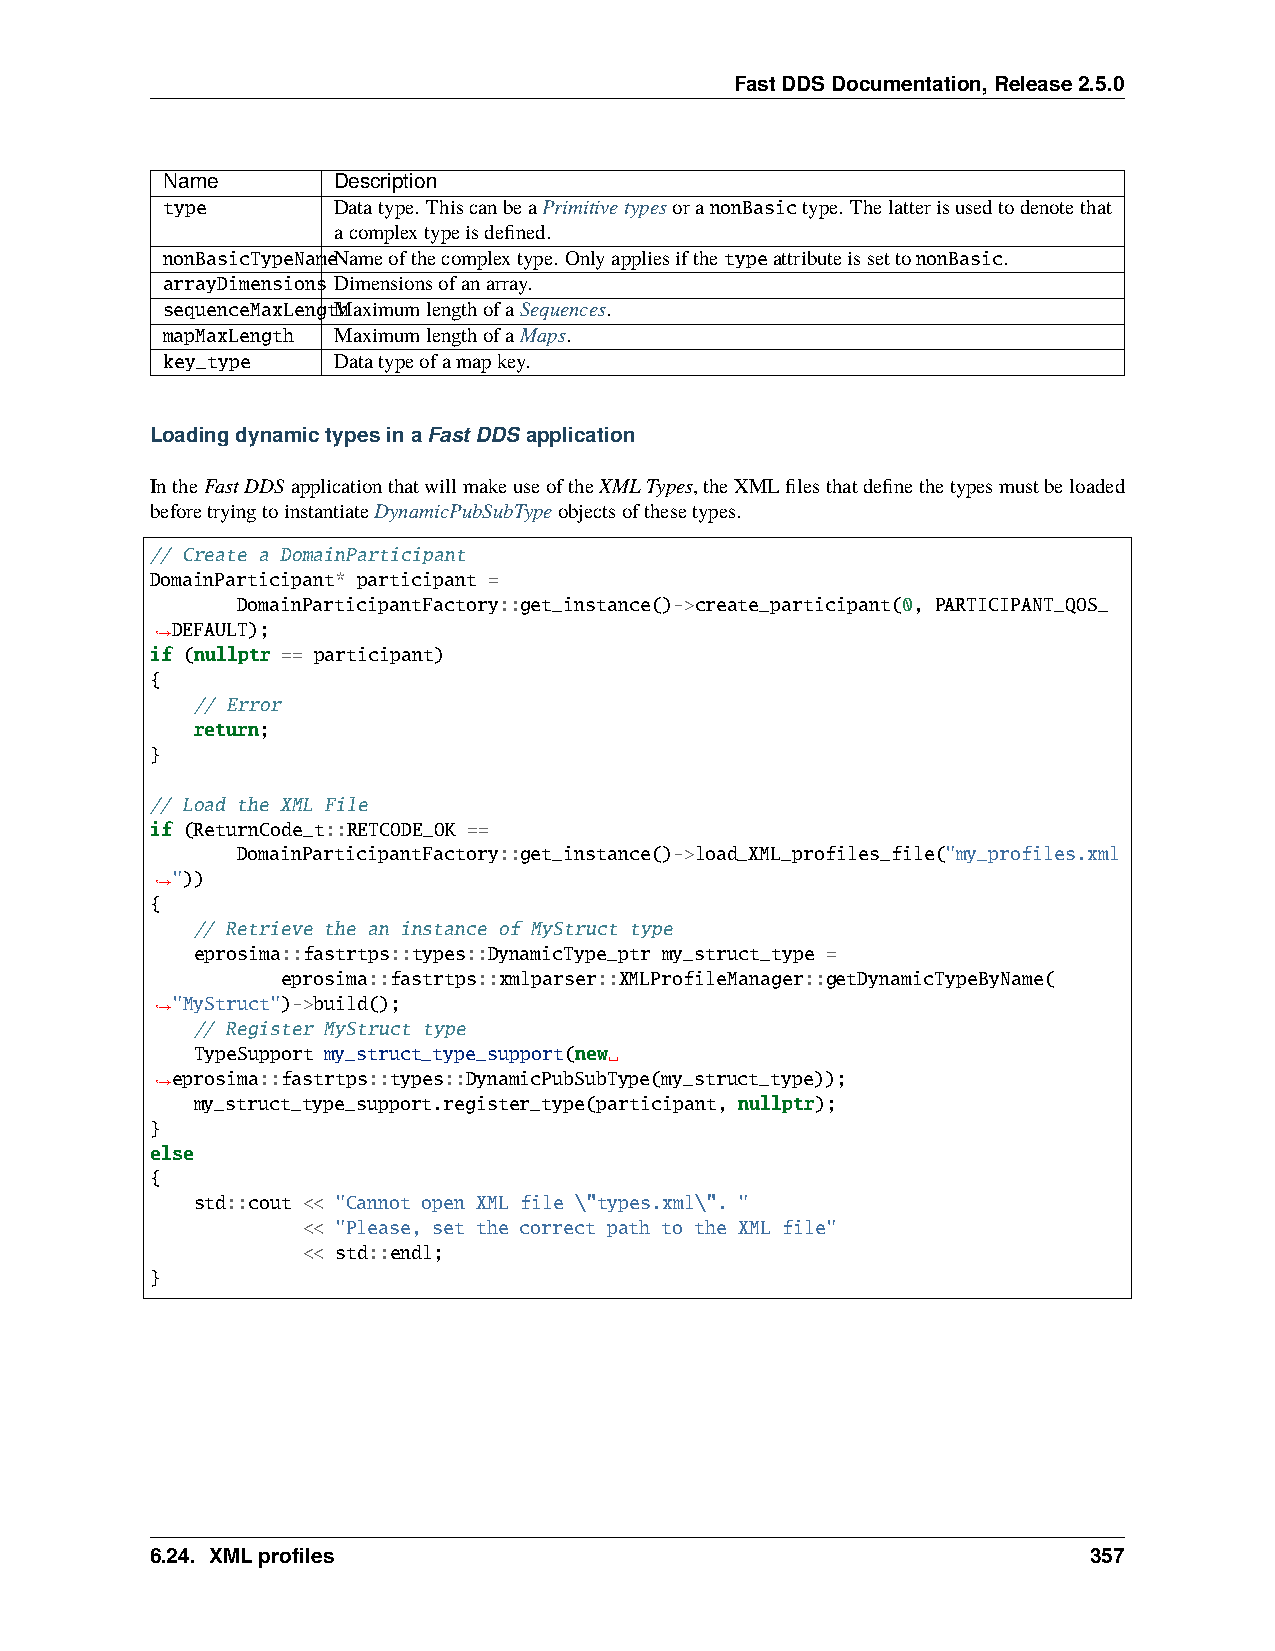
FastDDSDocumentation,Release2.5.0
 Name       Description
 type       Datatype. ThiscanbeaPrimitivetypesoranonBasictype. Thelatterisusedtodenotethat
 acomplextypeisdefined.
 nonBasicTypeNameNameofthecomplextype. OnlyappliesifthetypeattributeissettononBasic.
 arrayDimensions Dimensionsofanarray.
 sequenceMaxLengtMhaximumlengthofaSequences.
 mapMaxLength MaximumlengthofaMaps.
 key_type   Datatypeofamapkey.
 LoadingdynamictypesinaFastDDS application
 IntheFastDDSapplicationthatwillmakeuseoftheXMLTypes,theXMLfilesthatdefinethetypesmustbeloaded
 beforetryingtoinstantiateDynamicPubSubTypeobjectsofthesetypes.
 // Create a DomainParticipant
 DomainParticipant* participant =
 DomainParticipantFactory::get_instance()->create_participant(0, PARTICIPANT_QOS_
 DEFAULT);
 ˓→
 if (nullptr == participant)
 {
 // Error
 return;
 }
 // Load the XML File
 if (ReturnCode_t::RETCODE_OK ==
 DomainParticipantFactory::get_instance()->load_XML_profiles_file("my_profiles.xml
 "))
 ˓→
 {
 // Retrieve the an instance of MyStruct type
 eprosima::fastrtps::types::DynamicType_ptr my_struct_type =
 eprosima::fastrtps::xmlparser::XMLProfileManager::getDynamicTypeByName(
 "MyStruct")->build();
 ˓→
 // Register MyStruct type
 TypeSupport my_struct_type_support(new␣
 eprosima::fastrtps::types::DynamicPubSubType(my_struct_type));
 ˓→
 my_struct_type_support.register_type(participant, nullptr);
 }
 else
 {
 std::cout << "Cannot open XML file \"types.xml\". "
 << "Please, set the correct path to the XML file"
 << std::endl;
 }
 6.24. XMLprofiles                                             357